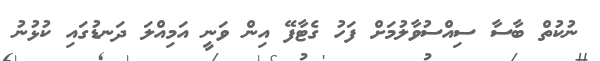
ނުކުތް ބާސާ ސިއްސުވާލުމަށް ފަހު ގެޓާފޭ އިން ވަނީ އަމިއްލަ ދަނޑުގައި ކުޅުނު